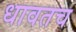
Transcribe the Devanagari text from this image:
धावतच